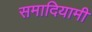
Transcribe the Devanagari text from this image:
समादियामी